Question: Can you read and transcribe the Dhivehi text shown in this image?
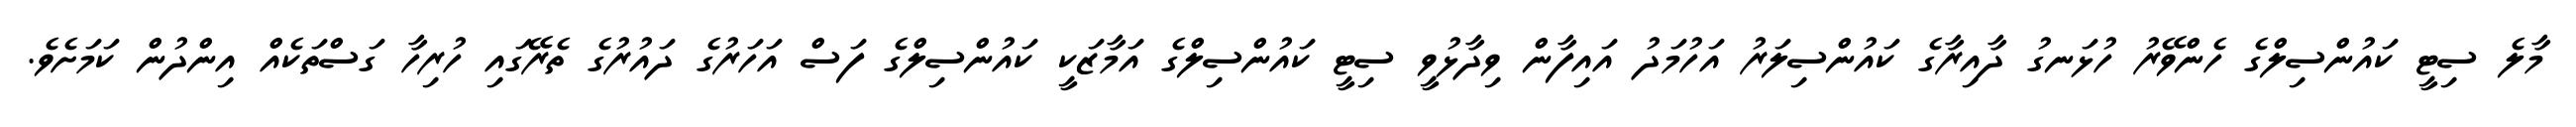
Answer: މާލެ ސިޓީ ކައުންސިލްގެ ހެންވޭރު ހުޅަނގު ދާއިރާގެ ކައުންސިލަރު އަހުމަދު އައިފާން ވިދާޅުވީ ސިޓީ ކައުންސިލްގެ އަމާޒަކީ ކައުންސިލްގެ ފަސް އަހަރުގެ ދައުރުގެ ތެރޭގައި ހުރިހާ ގަސްތަކެއް އިންދުން ކަމަށެވެ.